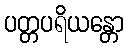
ပတ္တပရိယန္တော